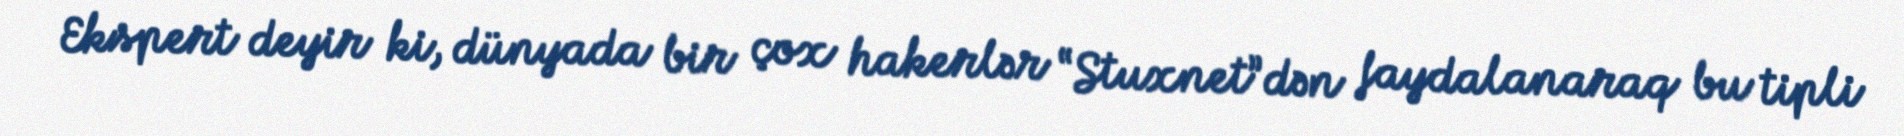
Ekspert deyir ki, dünyada bir çox hakerlər “Stuxnet”dən faydalanaraq bu tipli